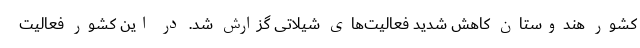
کشور هندوستان کاهش شدید فعالیت‌های شیلاتی گزارش شد. در این کشور فعالیت